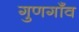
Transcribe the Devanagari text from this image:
गुणगाँव